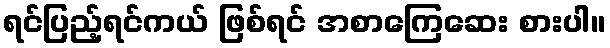
ရင်ပြည့်ရင်ကယ် ဖြစ်ရင် အစာကြေဆေး စားပါ။